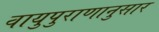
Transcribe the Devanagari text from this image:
वायुपुराणानुसार